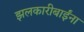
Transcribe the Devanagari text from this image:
झलकारीबाईंना